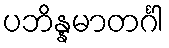
ပဘိန္နမာတင်္ဂါ